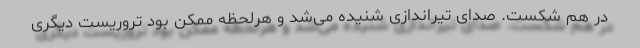
در هم شکست. صدای تیراندازی شنیده می‌شد و هرلحظه ممکن بود تروریست دیگری